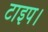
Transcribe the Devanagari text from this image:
टाइप।